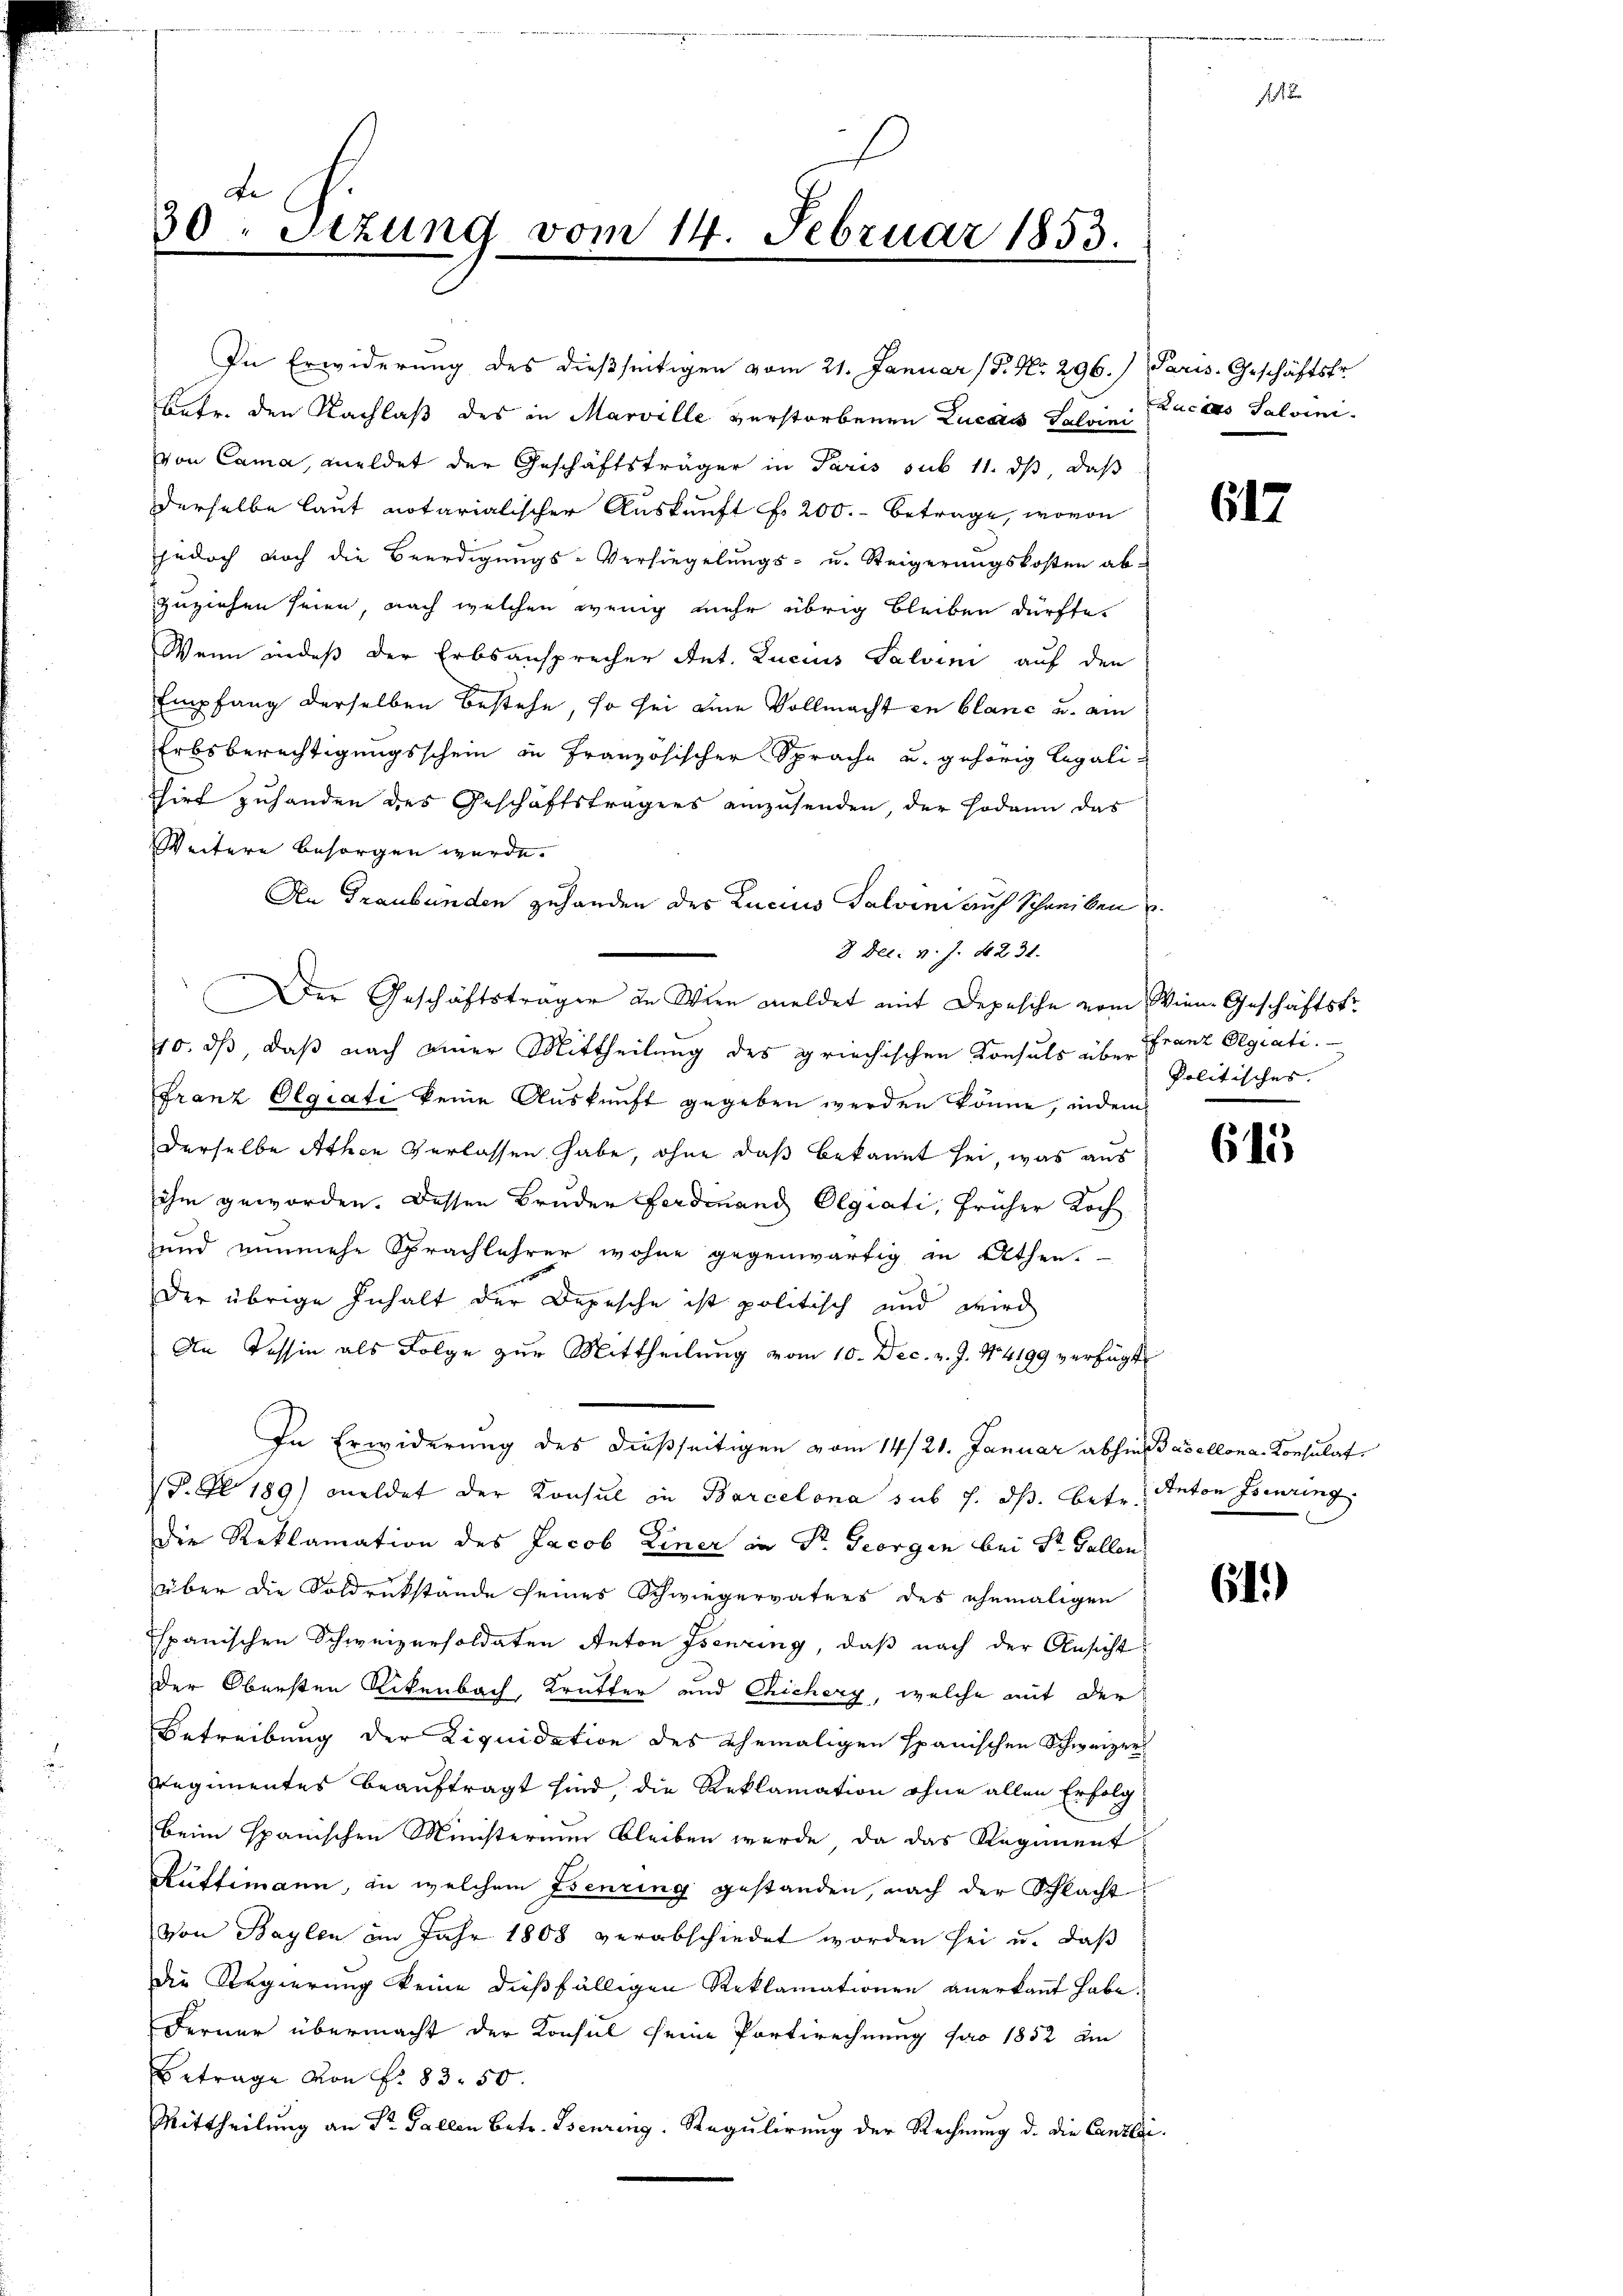
de
30. Sitzung vom 14. Februar 1853.

betr. den Nachlaß des in Marville verstorbenen Lucas Jahre actes Salvini
von Cama, meldet der Geschäftsträger in Paris sub 11. ds, daß
derselbe laut notarialischer Auskunft f. 200.- Betrage, wovon
jedoch noch die Beerdigungs-Versiegelungs- u. Steigerungskosten ab-
zuziehen seien, nach welchen wenig mehr übrig bleiben dürfte.
Wenn indeß der Erbsansprecher Ant. Lucius Salvini auf den
Empfang derselben bestehe, so sei eine Vollmacht in blanc u. am
Erbsberechtigungsschein in Französischer Sprache u. gehörig legali¬
Thirt zuhanden des Geschäftsträgers einzusenden, der sodann das
Weitere besorgen wurde.
An Graubünden zuhanden des Zucius Talvini auf Schreiben
3 Dec. v. J. 231.
Der Geschäftsträger an Wien meldet mit Depesche vom Wien. Geschäftstr
10. ds, daß nach einer Mittheilung des griechischen Konsuls über Franz Olgiati
Franz Olgiati keine Auskunft gegeben werden könne, indem
derselbe Athen Verlassen habe, ohne daß bekannt sei, was aus
ihm geworden. Dessen Bruder Ferdinand Olgiati, früher Koch
und einmehr Sprachlehrer wohne gegenwärtig in Athen.
Der übrige Inhalt der Depesche ist politisch und wird
An Tessin als Folge zur Mittheilung vom 10. Dec. v. J. 14199 verfügt
In Erwiderung des dießseitigen vom 14/21. Januar abhin Basellona-Konsulat
P. Zl 189) meldet der Konsul in Barcelona sub 7. ds. betr.
die Reklamation des Jacob Liner in Dr. Georgen bei St. Gallen
über die Soldrückstände seines Schwiegervaters des ehemaligen
spanischen Schweizersoldaten Anton Isenring, daß nach der Ansicht
der Obersten Rikenbach, Krütter und Chichery, welche auf der
Betreibung der Liquidation des ehemaligen spanischen Schweizers
Regimentes beauftragt sind, die Reklamation ohne allen Erfolg
beim spanischen Ministerium bleiben werde, da das Regiment
Rüttimann, in welchem Isenring gestanden, nach der Schlacht
von Baylen im Jahr 1808 verabschiedet worden sei u. daß
die Regierung keine dießfälligen Reklamationen anerkannt habe.
Ferner übermacht der Konsul seine Portirechnung pro 1852 am
Betrage von Fr. 83. 50.
Mittheilung an Dr. Gallen Betr. Tsenring, Regulirung der Rechnung d. die Canzlei

In Erwiderung des dießseitigen vom 21. Januar (S. Nr. 296.) Paris. Geschäftsfr.

617

Politisches.

613

Anton Isenring

i

61.)